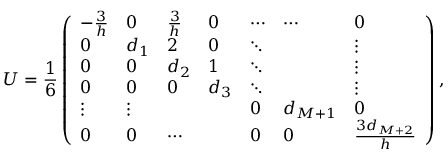
U = \frac { 1 } { 6 } \left( \begin{array} { l l l l l l l } { - \frac { 3 } { h } } & { 0 } & { \frac { 3 } { h } } & { 0 } & { \cdots } & { \cdots } & { 0 } \\ { 0 } & { d _ { 1 } } & { 2 } & { 0 } & { \ddots } & { } & { \vdots } \\ { 0 } & { 0 } & { d _ { 2 } } & { 1 } & { \ddots } & { } & { \vdots } \\ { 0 } & { 0 } & { 0 } & { d _ { 3 } } & { \ddots } & { } & { \vdots } \\ { \vdots } & { \vdots } & { } & { } & { 0 } & { d _ { M + 1 } } & { 0 } \\ { 0 } & { 0 } & { \cdots } & { } & { 0 } & { 0 } & { \frac { 3 d _ { M + 2 } } { h } } \end{array} \right) ,